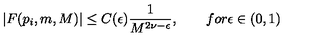
| F ( p _ { i } , m , M ) | \leq C ( \epsilon ) { \frac { 1 } { M ^ { 2 \nu - \epsilon } } } , \qquad f o r \epsilon \in ( 0 , 1 )